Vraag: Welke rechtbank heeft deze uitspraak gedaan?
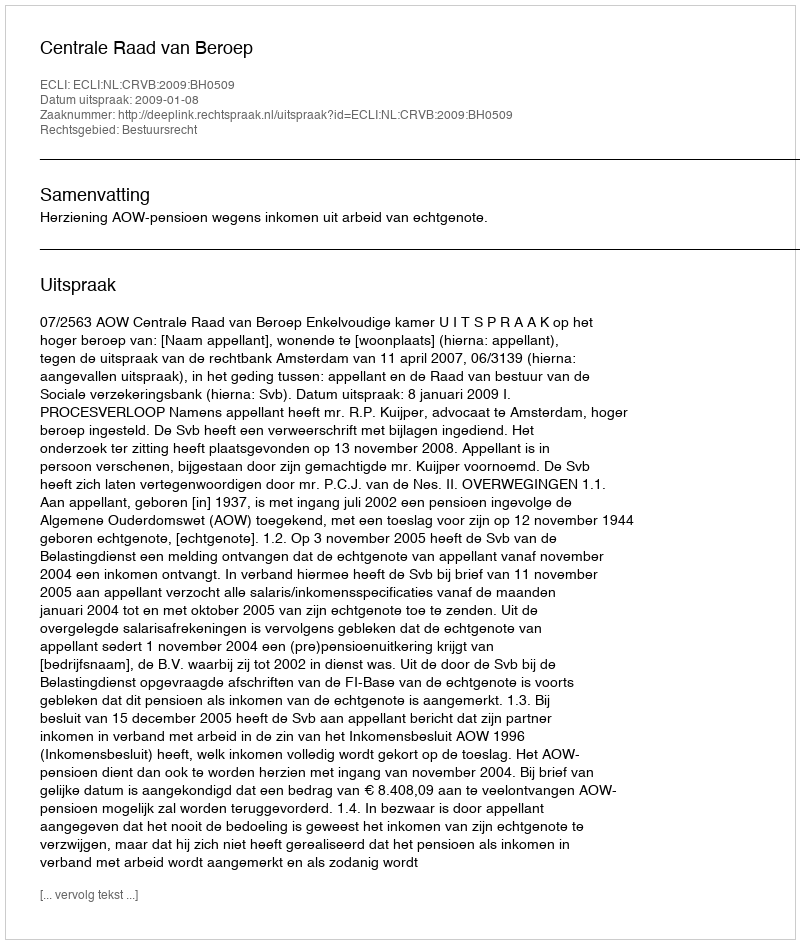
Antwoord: Centrale Raad van Beroep